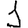
Digit: 1